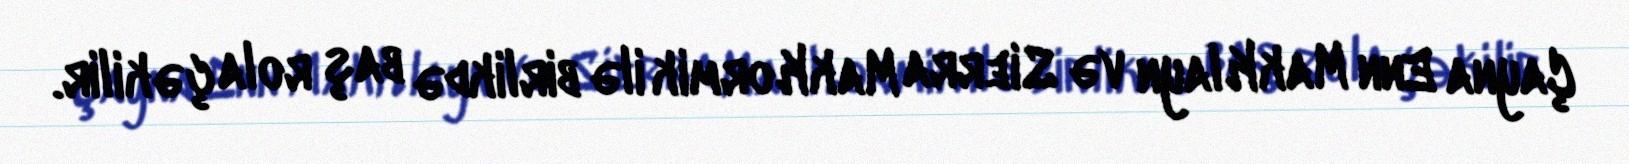
Çayna Enn MakKlayn və Sierra MakKormik ilə birlikdə baş rola çəkilir.